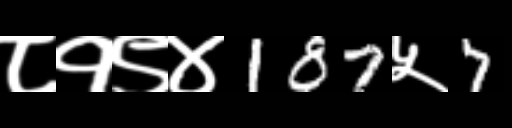
Text: ८१९४187५7